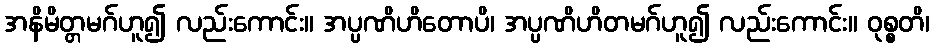
အနိမိတ္တမဂ်ဟူ၍ လည်းကောင်း။ အပ္ပဏိဟိတောပိ၊ အပ္ပဏိဟိတမဂ်ဟူ၍ လည်းကောင်း။ ဝုစ္စတိ၊